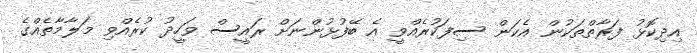
އިދިކޮޅު ފަރާތްތަކުން އެކަން ސިފަކުރެއްވީ އެ ބޭފުޅުންނަށް ރައީސް ވަހީދު ކުރެއްވި މަލާމާތެއްގެ